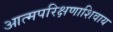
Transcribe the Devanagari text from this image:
आत्मपरिक्षणाशिवाय